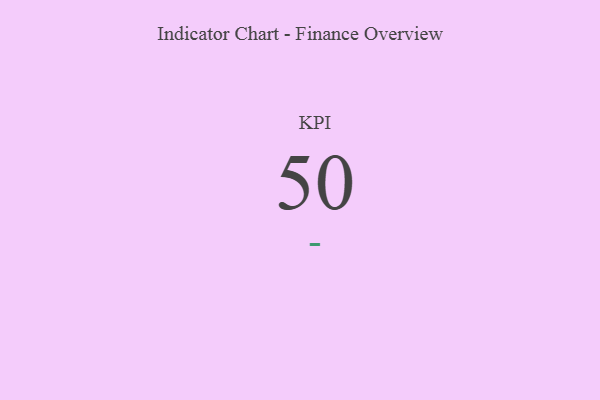
{"axis": {"x": "KPI", "y": "Value"}, "legend": [""], "data": [{"x": "KPI", "y": 50, "type": ""}]}